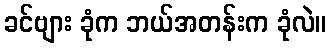
ခင်ဗျား ခုံက ဘယ်အတန်းက ခုံလဲ။